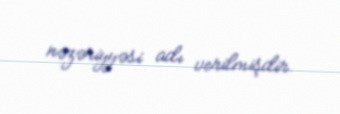
nəzəriyyəsi adı verilmişdir.